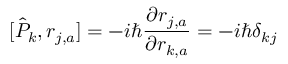
[ \hat { P } _ { k } , r _ { j , a } ] = - i \hbar \frac { \partial r _ { j , a } } { \partial r _ { k , a } } = - i \hbar \delta _ { k j }